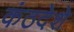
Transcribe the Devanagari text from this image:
कंठदेशे